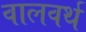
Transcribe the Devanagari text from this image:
वालवर्थ